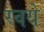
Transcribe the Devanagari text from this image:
रवये